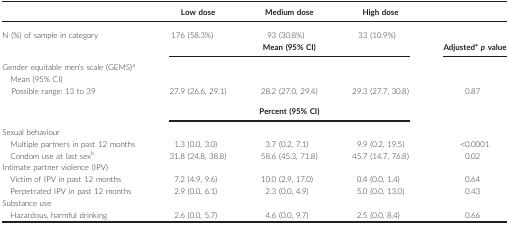
<table><thead><tr><td></td><td><b>Low dose</b></td><td><b>Medium dose</b></td><td><b>High dose</b></td><td></td></tr></thead><tbody><tr><td>N (%) of sample in category</td><td>176 (58.3%)</td><td>93 (30.8%)</td><td>33 (10.9%)</td><td></td></tr><tr><td></td><td colspan="3"><b>Mean (95% CI)</b></td><td><b>Adjusted</b>a<i><b>p</b></i><b>value</b></td></tr><tr><td colspan="5">Gender equitable men&#x27;s scale (GEMS)b</td></tr><tr><td>Mean (95% CI)Possible range: 13 to 39</td><td>27.9 (26.6, 29.1)</td><td>28.2 (27.0, 29.4)</td><td>29.3 (27.7, 30.8)</td><td>0.87</td></tr><tr><td></td><td colspan="3"><b>Percent (95% CI)</b></td><td></td></tr><tr><td colspan="5">Sexual behaviour</td></tr><tr><td>Multiple partners in past 12 months</td><td>1.3 (0.0, 3.0)</td><td>3.7 (0.2, 7.1)</td><td>9.9 (0.2, 19.5)</td><td>&lt;0.0001</td></tr><tr><td>Condom use at last sexc</td><td>31.8 (24.8, 38.8)</td><td>58.6 (45.3, 71.8)</td><td>45.7 (14.7, 76.8)</td><td>0.02</td></tr><tr><td colspan="5">Intimate partner violence (IPV)</td></tr><tr><td>Victim of IPV in past 12 months</td><td>7.2 (4.9, 9.6)</td><td>10.0 (2.9, 17.0)</td><td>0.4 (0.0, 1.4)</td><td>0.64</td></tr><tr><td>Perpetrated IPV in past 12 months</td><td>2.9 (0.0, 6.1)</td><td>2.3 (0.0, 4.9)</td><td>5.0 (0.0, 13.0)</td><td>0.43</td></tr><tr><td colspan="5">Substance use</td></tr><tr><td>Hazardous, harmful drinking</td><td>2.6 (0.0, 5.7)</td><td>4.6 (0.0, 9.7)</td><td>2.5 (0.0, 8.4)</td><td>0.66</td></tr></tbody></table>